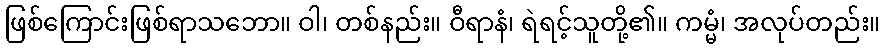
ဖြစ်ကြောင်းဖြစ်ရာသဘော။ ဝါ၊ တစ်နည်း။ ဝီရာနံ၊ ရဲရင့်သူတို့၏။ ကမ္မံ၊ အလုပ်တည်း။